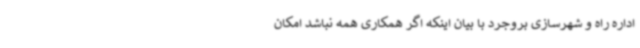
اداره راه و شهرسازی بروجرد با بیان اینکه اگر همکاری همه نباشد امکان